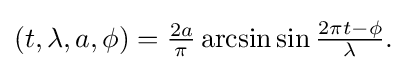
{\textstyle (t,\lambda ,a,\phi )={\frac {2a}{\pi }}\arcsin \sin {\frac {2\pi t-\phi }{\lambda }}.}